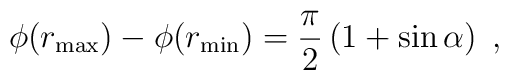
\phi(r_{\max}) - \phi(r_{\min}) = \frac{\pi}{2}\left( 1 + \sin\alpha \right)\;,